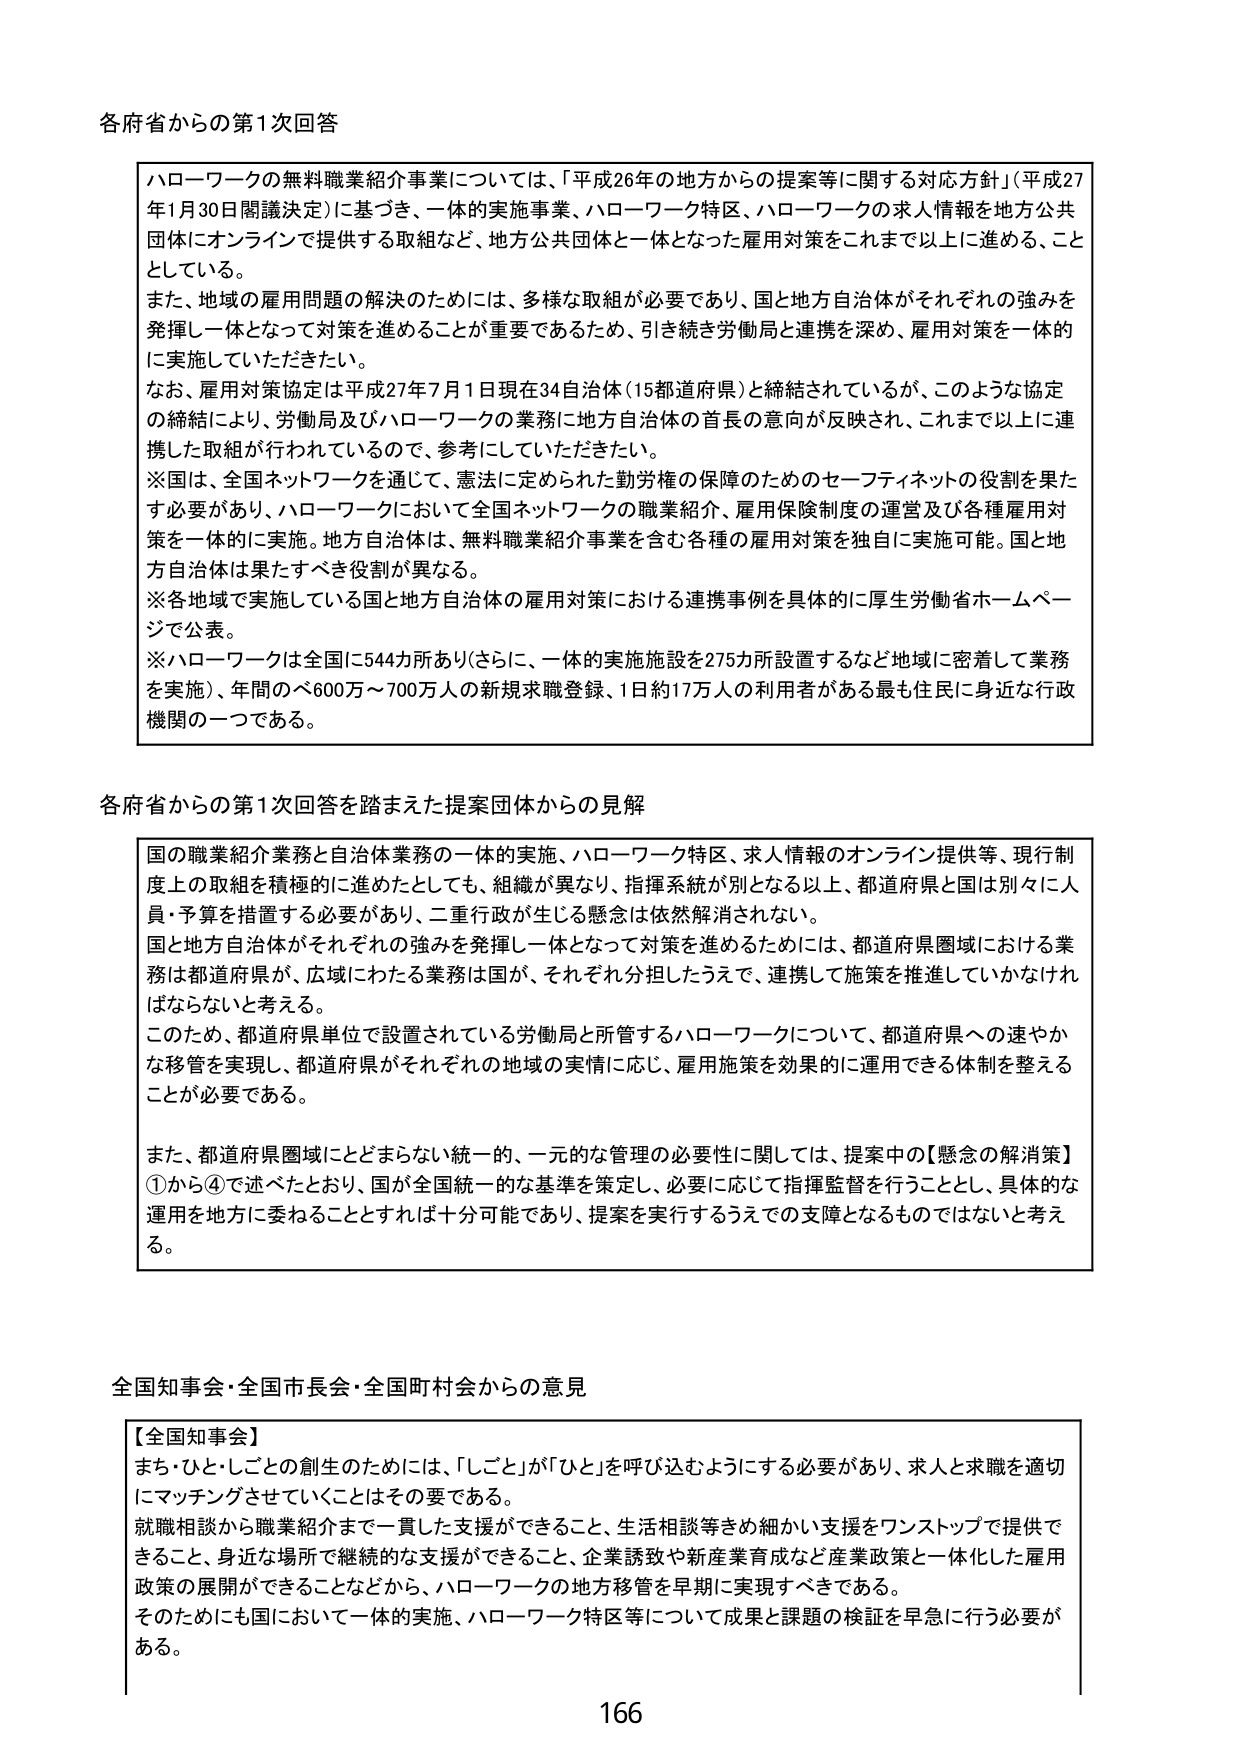
各府省からの第1次回答

ハローワークの無料職業紹介事業については、「平成26年の地方からの提案等に関する対応方針」（平成27年1月30日閣議決定）に基づき、一体的実施事業、ハローワーク特区、ハローワークの求人情報を地方公共団体にオンラインで提供する取組など、地方公共団体と一体となった雇用対策をこれまで以上に進める、こととしている。

また、地域の雇用問題の解決のためには、多様な取組が必要であり、国と地方自治体がそれぞれの強みを発揮し一体となって対策を進めることが重要であるため、引き続き労働局と連携を深め、雇用対策を一体的に実施していただきたい。

なお、雇用対策協定は平成27年7月1日現在34自治体（15都道府県）と締結されているが、このような協定の締結により、労働局及びハローワークの業務に地方自治体の首長の意向が反映され、これまで以上に連携した取組が行われているので、参考にしていただきたい。

※国は、全国ネットワークを通じて、憲法に定められた勤労権の保障のためのセーフティネットの役割を果たす必要があり、ハローワークにおいて全国ネットワークの職業紹介、雇用保険制度の運営及び各種雇用対策を一体的に実施。地方自治体は、無料職業紹介事業を含む各種の雇用対策を独自に実施可能。国と地方自治体は果たすべき役割が異なる。

※各地域で実施している国と地方自治体の雇用対策における連携事例を具体的に厚生労働省ホームページで公表。

※ハローワークは全国に544カ所あり（さらに、一体的実施施設を275カ所設置するなど地域に密着して業務を実施）、年間のべ600万～700万人の新規求職登録、1日約17万人の利用者がある最も住民に身近な行政機関の一つである。

各府省からの第1次回答を踏まえた提案団体からの見解

国の職業紹介業務と自治体業務の一体的実施、ハローワーク特区、求人情報のオンライン提供等、現行制度上の取組を積極的に進めたとしても、組織が異なり、指揮系統が別となる以上、都道府県と国は別々に人員・予算を措置する必要があり、二重行政が生じる懸念は依然解消されない。

国と地方自治体がそれぞれの強みを発揮し一体となって対策を進めるためには、都道府県圏域における業務は都道府県が、広域にわたる業務は国が、それぞれ分担したうえで、連携して施策を推進していかなければならないと考える。

このため、都道府県単位で設置されている労働局と所管するハローワークについて、都道府県への速やかな移管を実現し、都道府県がそれぞれの地域の実情に応じ、雇用施策を効果的に運用できる体制を整えることが必要である。

また、都道府県圏域にとどまらない統一的、一元的な管理の必要性に関しては、提案中の【懸念の解消策】①から④で述べたとおり、国が全国統一的な基準を策定し、必要に応じて指揮監督を行うこととし、具体的な運用を地方に委ねることとすれば十分可能であり、提案を実行するうえでの支障となるものではないと考える。

全国知事会・全国市長会・全国町村会からの意見

【全国知事会】
まち・ひと・しごとの創生のためには、「しごと」が「ひと」を呼び込むようにする必要があり、求人と求職を適切にマッチングさせていくことはその要である。

就職相談から職業紹介まで一貫した支援ができること、生活相談等きめ細かい支援をワンストップで提供できること、身近な場所で継続的な支援ができること、企業誘致や新産業育成など産業政策と一体化した雇用政策の展開ができることなどから、ハローワークの地方移管を早期に実現すべきである。

そのためにも国において一体的実施、ハローワーク特区等について成果と課題の検証を早急に行う必要がある。

166